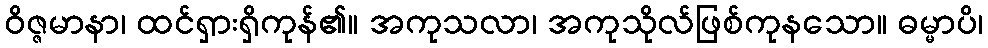
ဝိဇ္ဇမာနာ၊ ထင်ရှားရှိကုန်၏။ အကုသလာ၊ အကုသိုလ်ဖြစ်ကုနသော။ ဓမ္မာပိ၊